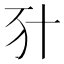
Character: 𠦇